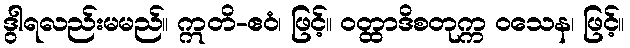
ဒွါရလည်းမမည်။ ဣတိ-ဧဝံ၊ ဖြင့်။ ဝတ္ထာဒိစတုက္က ဝသေန၊ ဖြင့်။